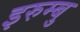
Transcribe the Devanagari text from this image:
इरुम्बु